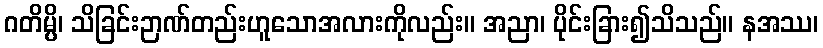
ဂတိမ္ပိ၊ သိခြင်းဉာဏ်တည်းဟူသောအလားကိုလည်း။ အညာ၊ ပိုင်းခြား၍သိသည်။ နအဿ၊